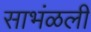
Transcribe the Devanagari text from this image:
साभंळली